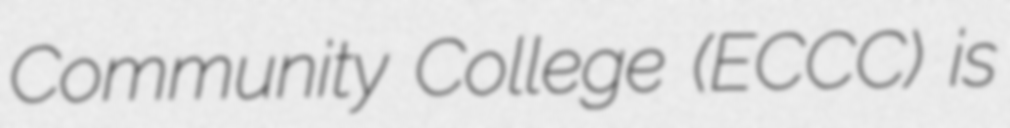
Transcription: Community College (ECCC) is